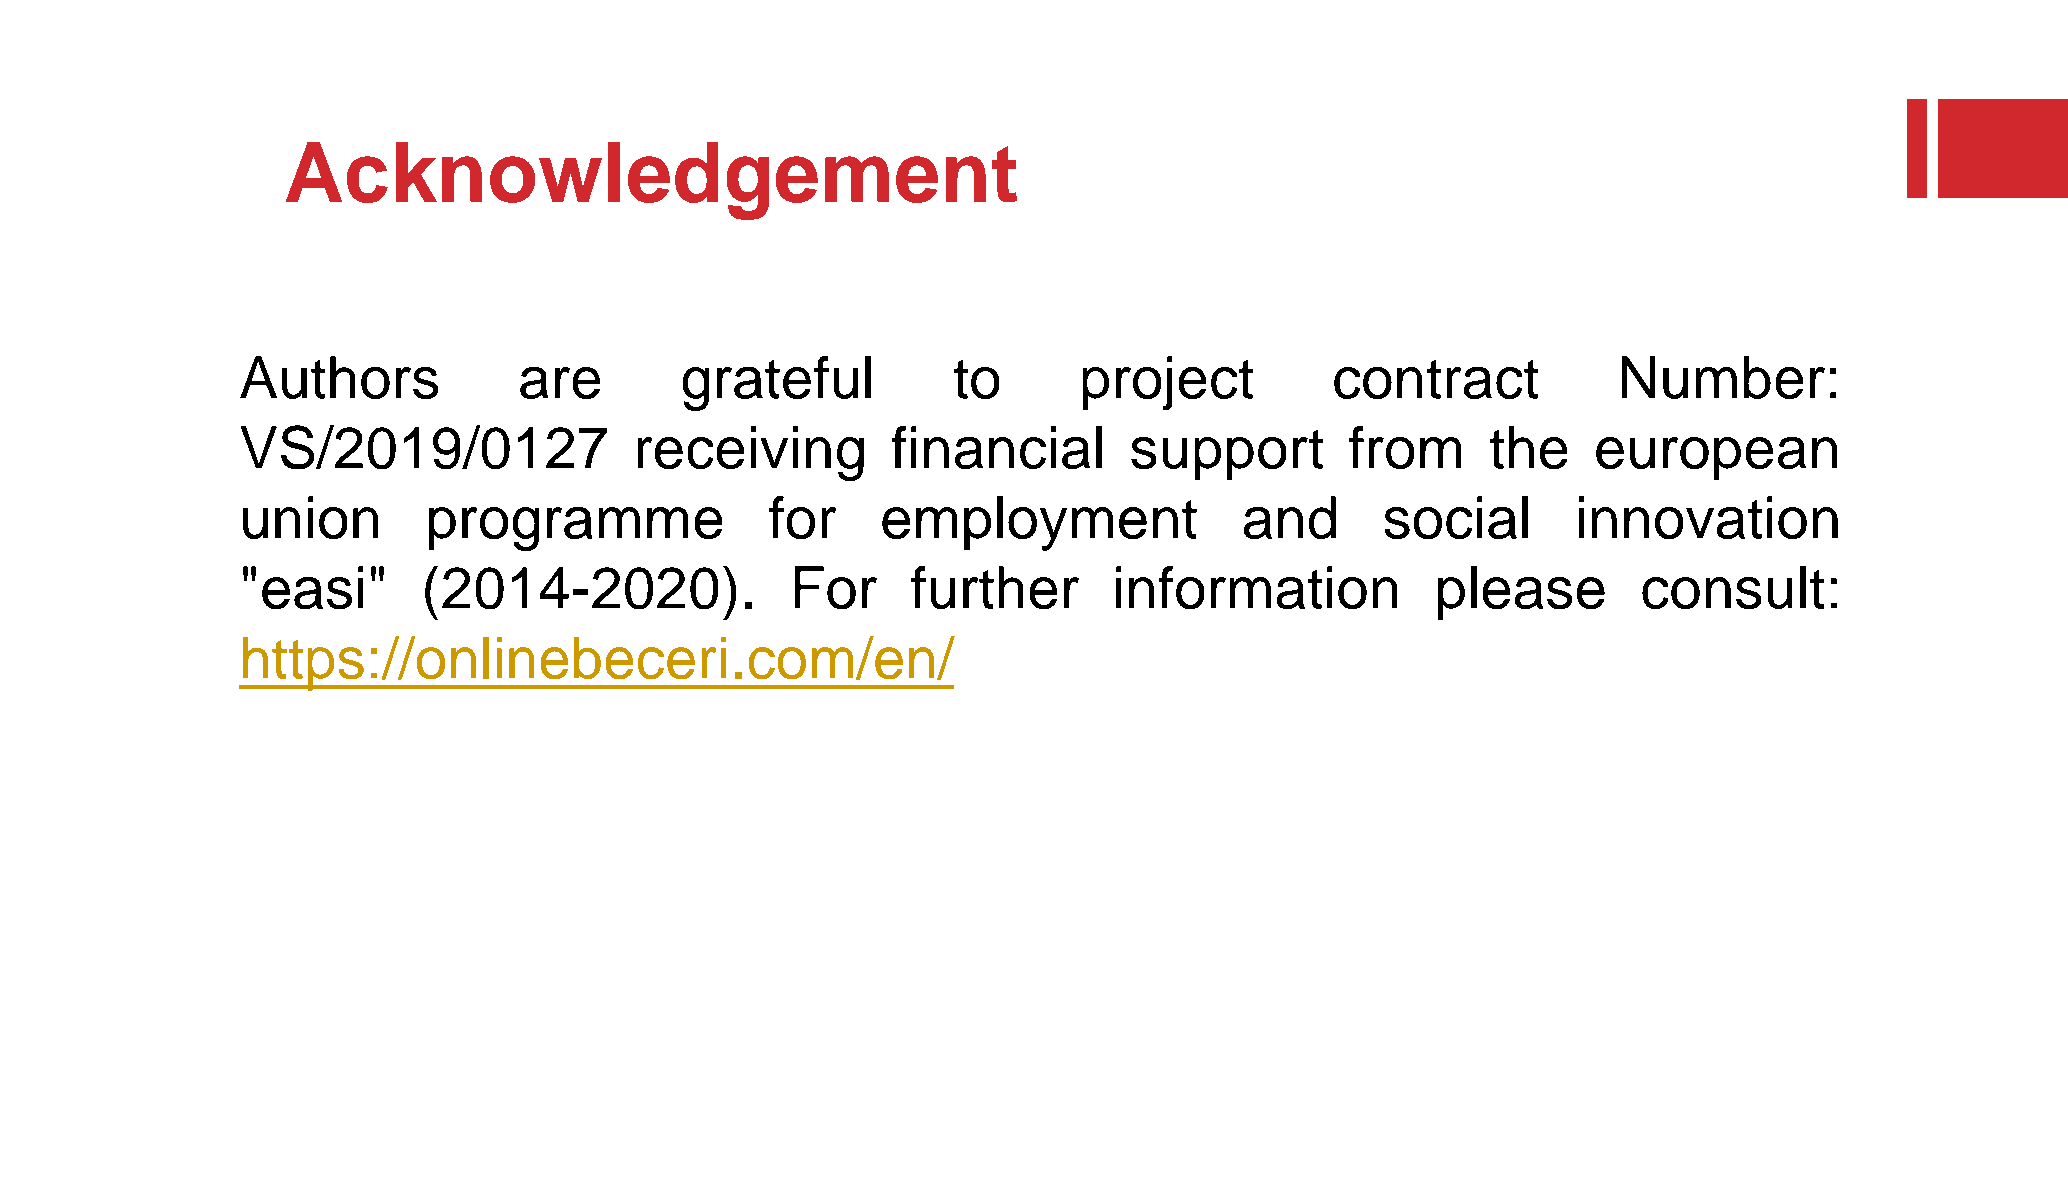
Acknowledgement
 Authors           are        grateful          to      project          contract           Number:
 VS/2019/0127              receiving        financial       support       from      the   european
 union       programme              for    employment              and       social      innovation
 "easi"      (2014-2020).            For     further       information          please        consult:
 https://onlinebeceri.com/en/